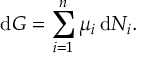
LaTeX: \mathrm { d } G = \sum _ { i = 1 } ^ { n } \mu _ { i } \, \mathrm { d } N _ { i } .